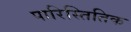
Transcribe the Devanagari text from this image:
पारिस्तितिक